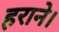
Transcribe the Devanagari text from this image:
हराने।